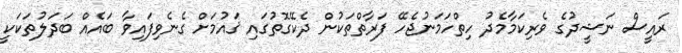
ރައީސް ނަޝީދުގެ ވެރިކަމާމެދު ހިތްހަމަނުޖެހޭ ފަރާތްތަކުން ދެކޭގޮތުގައި ޤައުމަށް ގެނެވިފައިވާ ބައެއް ބަދަލުތަކަކީ